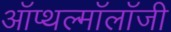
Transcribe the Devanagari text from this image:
ऑप्थल्मॉलॉजी